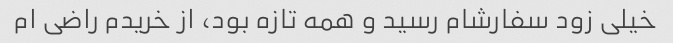
خیلی زود سفارشام رسید و همه تازه بود، از خریدم راضی ام